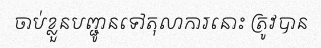
ចាប់ខ្លួនបញ្ជូនទៅតុលាការនោះ ត្រូវបាន